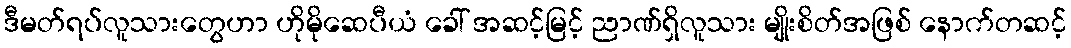
ဒီမတ်ရပ်လူသားတွေဟာ ဟိုမိုဆေပီယံ ခေါ် အဆင့်မြင့် ညာဏ်ရှိလူသား မျိုးစိတ်အဖြစ် နောက်တဆင့်